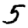
Digit: 5